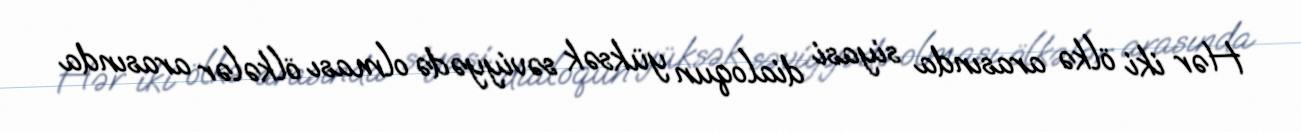
Hər iki ölkə arasında siyasi dialoqun yüksək səviyyədə olması ölkələr arasında